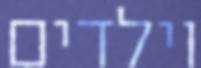
וילדים